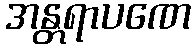
အန္တရာပဏေ